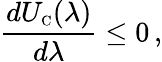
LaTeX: \frac{dU_{\scriptscriptstyle\mathrm{C}}(\lambda)}{d\lambda}\leq 0\, ,